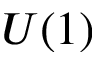
U ( 1 )